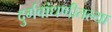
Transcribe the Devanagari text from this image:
दुर्गबांधणीतल्या